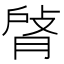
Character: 𦜹